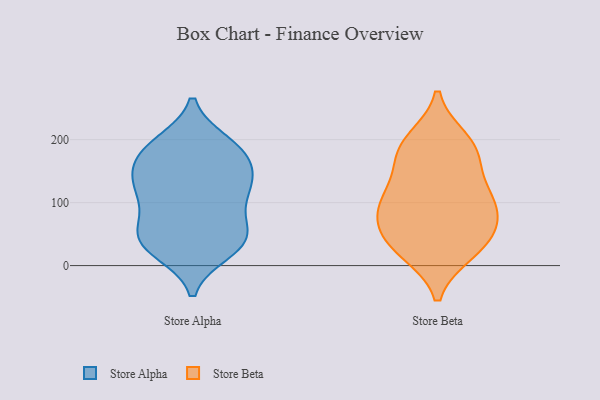
{"axis": {"x": "Operating Costs (USD K)", "y": "Value"}, "legend": ["Store Alpha", "Store Beta"], "data": [{"x": "", "y": 145, "type": "Store Alpha"}, {"x": "", "y": 51, "type": "Store Alpha"}, {"x": "", "y": 147, "type": "Store Alpha"}, {"x": "", "y": 42, "type": "Store Alpha"}, {"x": "", "y": 173, "type": "Store Alpha"}, {"x": "", "y": 112, "type": "Store Alpha"}, {"x": "", "y": 137, "type": "Store Alpha"}, {"x": "", "y": 189, "type": "Store Alpha"}, {"x": "", "y": 195, "type": "Store Alpha"}, {"x": "", "y": 100, "type": "Store Alpha"}, {"x": "", "y": 134, "type": "Store Alpha"}, {"x": "", "y": 48, "type": "Store Alpha"}, {"x": "", "y": 190, "type": "Store Alpha"}, {"x": "", "y": 179, "type": "Store Alpha"}, {"x": "", "y": 22, "type": "Store Alpha"}, {"x": "", "y": 22, "type": "Store Alpha"}, {"x": "", "y": 84, "type": "Store Alpha"}, {"x": "", "y": 45, "type": "Store Alpha"}, {"x": "", "y": 42, "type": "Store Alpha"}, {"x": "", "y": 117, "type": "Store Alpha"}, {"x": "", "y": 48, "type": "Store Beta"}, {"x": "", "y": 73, "type": "Store Beta"}, {"x": "", "y": 199, "type": "Store Beta"}, {"x": "", "y": 35, "type": "Store Beta"}, {"x": "", "y": 94, "type": "Store Beta"}, {"x": "", "y": 180, "type": "Store Beta"}, {"x": "", "y": 22, "type": "Store Beta"}, {"x": "", "y": 98, "type": "Store Beta"}, {"x": "", "y": 171, "type": "Store Beta"}, {"x": "", "y": 124, "type": "Store Beta"}, {"x": "", "y": 190, "type": "Store Beta"}, {"x": "", "y": 117, "type": "Store Beta"}, {"x": "", "y": 78, "type": "Store Beta"}, {"x": "", "y": 26, "type": "Store Beta"}]}